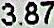
3.87